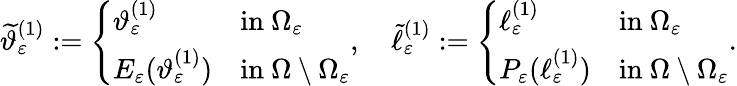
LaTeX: \widetilde{\vartheta}_{\varepsilon}^{(1)}:=\left\{ \begin{array}{ll}{\vartheta_{\varepsilon}^{(1)}}&{\mathrm{in~}\Omega_{\varepsilon}}\\ {E_{\varepsilon}(\vartheta_{\varepsilon}^{(1)})}&{\mathrm{in~}\Omega\setminus\Omega_{\varepsilon}}\end{array}\right.,\quad\widetilde{\ell}_{\varepsilon}^{(1)}:=\left\{ \begin{array}{ll}{\ell_{\varepsilon}^{(1)}}&{\mathrm{in~}\Omega_{\varepsilon}}\\ {P_{\varepsilon}(\ell_{\varepsilon}^{(1)})}&{\mathrm{in~}\Omega\setminus\Omega_{\varepsilon}}\end{array}\right..